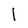
Character: l